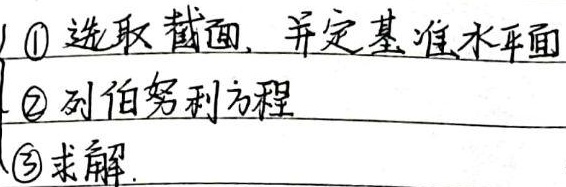
\begin{enumerate}
\item 选取截面，并定基准水平面
\item 列伯努利方程
\item 求解
\end{enumerate}